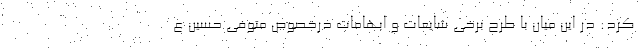
کرد: در اين ميان با طرح برخي شايعات و ابهامات درخصوص متوفی حسين ع